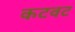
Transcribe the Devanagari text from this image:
कटवट